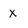
Character: x